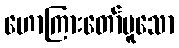
ဟောကြားတော်မူသော